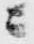
ニ